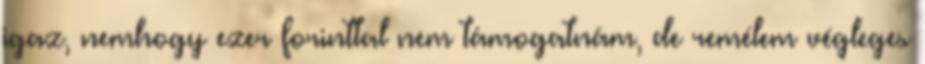
igaz, nemhogy ezer forinttal nem támogatnám, de remélem végleges